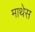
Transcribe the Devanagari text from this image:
माथेस